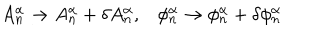
LaTeX: A _ { n } ^ { \alpha } \rightarrow A _ { n } ^ { \alpha } + \delta A _ { n } ^ { \alpha } , \phi _ { n } ^ { \alpha } \rightarrow \phi _ { n } ^ { \alpha } + \delta \phi _ { n } ^ { \alpha }